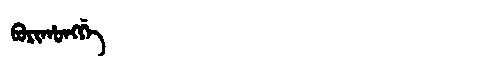
Manchu: ᠪᠣᡵᡳᡥᠣᠩᡤᡝ
Romanization: BORIHONGGE